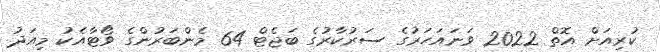
ކުރިއަށް އޮތް 2022 ވަނައަހަރުގެ ސަރުކާރުގެ ބަޖެޓް 64 މެންބަރުންގެ ވޯޓާއެކު މިއަދު